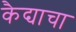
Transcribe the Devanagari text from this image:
कैद्याचा